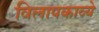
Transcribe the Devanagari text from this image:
विलापकाव्ये